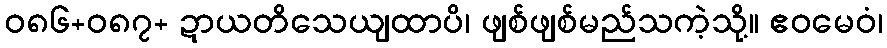
ဝ၈၆+၀၈၇+ ဍာယတိသေယျထာပိ၊ ဖျစ်ဖျစ်မည်သကဲ့သို့။ ဧဝမေဝံ၊